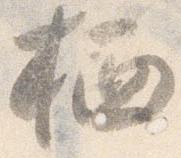
栖